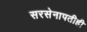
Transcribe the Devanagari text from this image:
सरसेनापतीही